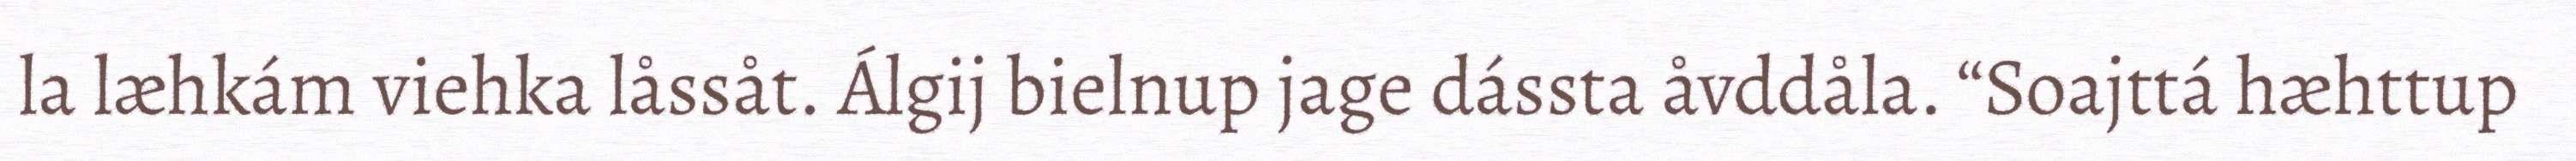
la læhkám viehka låssåt. Álgij bielnup jage dássta åvddåla. “Soajttá hæhttup